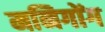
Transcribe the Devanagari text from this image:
मनिगोंग